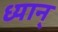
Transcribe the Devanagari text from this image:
ध्यान्